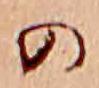
の